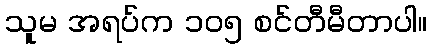
သူမ အရပ်က ၁၀၅ စင်တီမီတာပါ။